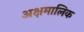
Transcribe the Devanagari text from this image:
अक्षमालिक